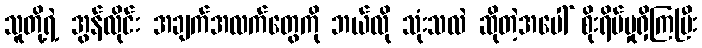
သူတို့ရဲ့ အွန်လိုင်း အချက်အလက်တွေကို ဘယ်လို သုံးသလဲ ဆိုတဲ့အပေါ် စိုးရိမ်မှုရှိကြပြီး